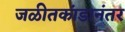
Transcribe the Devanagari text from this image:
जळीतकांडानंतर